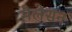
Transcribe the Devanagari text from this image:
मैलेसन